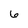
Character: 6